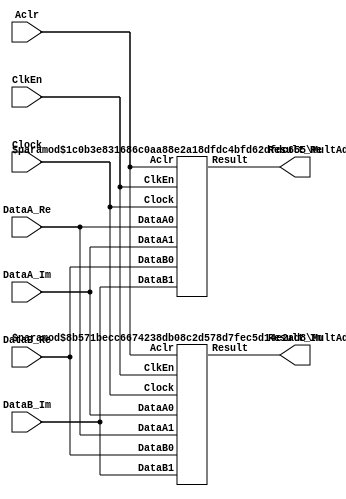
// --------------------------------------------------------------------
// >>>>>>>>>>>>>>>>>>>>>>>>> COPYRIGHT NOTICE <<<<<<<<<<<<<<<<<<<<<<<<<
// --------------------------------------------------------------------
// Copyright (c) 2005-2010 by Lattice Semiconductor Corporation
// --------------------------------------------------------------------
//
//
//                     Lattice Semiconductor Corporation
//                     5555 NE Moore Court
//                     Hillsboro, OR 97214
//                     U.S.A.
//
//                     TEL: 1-800-Lattice  (USA and Canada)
//                          1-408-826-6000 (other locations)
//
//                     web: http://www.latticesemi.com/
//
// --------------------------------------------------------------------
//
// Simulation Library File for PMI Complex Multiplier
//
// Paramater Definition
//Name                           Value                                 Default
/*
------------------------------------------------------------------------------
 pmi_dataa_width              <integer>                                    8
 pmi_datab_width              <integer>                                    8
 pmi_sign                     "on"|"off"                                  "on"
 pmi_additional_pipeline      <integer>                                    1
 pmi_input_reg                "on"|"off"                                  "on"
 pmi_output_reg               "on"|"off"                                  "on"
 pmi_family  "EC"|"XP"|"XP2"|"SC"|"SCM"|"ECP"|"ECP2"|"ECP2M"|"ECP3"|"ECP4"|"XO"|"XO2"|"LPTM"  "EC"
 pmi_mult_mode                 3 to 4                               3
 pmi_implementation           "DSP"|"LUT"                                "LUT"
------------------------------------------------------------------------------
Note:
 
1. To get a non-pipelined multiplier, set pmi_additional_pipeline to 0 and
   tie the ports Aclr and Clock to LO and port ClkEn to HI.

2. To get a pipelined multiplier, set pmi_additional_pipeline to a positive
   integer (desired number of pipelined stages) and make appropriate
   connections to the ports Clock, ClkEn, Aclr.
   
WARNING: Do not change the default parameters in this model. Parameter 
redefinition must be done using defparam or in-line (#) paramater 
redefinition in a top level file that instantiates this model.
*/

// fpga\verilog\pkg\versclibs\data\pmi\pmi_complex_mult.v 1.5 31-DEC-2010 08:44:53 IALMOHAN

`timescale 1 ns / 1 ps

module pmi_complex_mult #(parameter pmi_dataa_width = 8,
	      	  parameter pmi_datab_width = 8,
	      	  parameter module_type = "pmi_complex_mult",
	      	  parameter pmi_sign = "on",
	      	  parameter pmi_additional_pipeline = 1,
	      	  parameter pmi_input_reg = "on",
	      	  parameter pmi_output_reg = "on",
	      	  parameter pmi_family = "EC",
	      	  parameter pmi_mult_mode = 3,
	      	  parameter pmi_implementation = "LUT")

	      (input   [(pmi_dataa_width-1):0]  DataA_Re,
	       input   [(pmi_dataa_width-1):0]  DataA_Im,
	       input   [(pmi_datab_width-1):0]  DataB_Re,
	       input   [(pmi_datab_width-1):0]  DataB_Im,
	       input   Clock, ClkEn, Aclr,
	       output  [(pmi_dataa_width + pmi_datab_width):0]  Result_Re,
	       output  [(pmi_dataa_width + pmi_datab_width):0]  Result_Im)/*synthesis syn_black_box*/;


initial
begin
   if (pmi_implementation == "DSP")
   begin
      if ( (pmi_family == "SC") || (pmi_family == "SCM") || (pmi_family == "XO") ||
           (pmi_family == "XO2") || (pmi_family == "EC") || (pmi_family == "XP") ||
           (pmi_family == "LPTM") )
      begin
         $display("\nError! The %s family doesn't support DSP implementations.", pmi_family);
         $stop;
      end

      if (pmi_additional_pipeline > 3)
      begin
         $display("\nError! # of PL stages must be from 0 to 3 for DSP implementations.");
         $stop;
      end
   end
end

     MultAddSub #(.pmi_dataa_width(pmi_dataa_width),
                  .pmi_datab_width(pmi_datab_width),
                  .pmi_sign(pmi_sign),
                  .pmi_additional_pipeline(pmi_additional_pipeline),
                  .pmi_add_sub("sub"),
                  .pmi_input_reg(pmi_input_reg),
                  .pmi_output_reg(pmi_output_reg)
                 )
         inst_re (.DataA0(DataA_Re),
                  .DataA1(DataA_Im),
                  .DataB0(DataB_Re),
                  .DataB1(DataB_Im),
                  .Clock(Clock),
                  .ClkEn(ClkEn),
                  .Aclr(Aclr),
                  .Result(Result_Re)
                 );

     MultAddSub #(.pmi_dataa_width(pmi_dataa_width),
                  .pmi_datab_width(pmi_datab_width),
                  .pmi_sign(pmi_sign),
                  .pmi_additional_pipeline(pmi_additional_pipeline),
                  .pmi_add_sub("add"),
                  .pmi_input_reg(pmi_input_reg),
                  .pmi_output_reg(pmi_output_reg)
                 )
         inst_im (.DataA0(DataA_Im),
                  .DataA1(DataA_Re),
                  .DataB0(DataB_Re),
                  .DataB1(DataB_Im),
                  .Clock(Clock),
                  .ClkEn(ClkEn),
                  .Aclr(Aclr),
                  .Result(Result_Im)
                 );
endmodule


//Supporting modules

module MultAddSub #(parameter pmi_dataa_width = 8, 
	      	  parameter pmi_datab_width = 8,
	      	  parameter pmi_sign = "on",
	      	  parameter pmi_additional_pipeline = 1,
	      	  parameter pmi_add_sub = "add",
	      	  parameter pmi_input_reg = "on",
	      	  parameter pmi_output_reg = "on")

	      (input   [(pmi_dataa_width-1):0]  DataA0,
	       input   [(pmi_dataa_width-1):0]  DataA1,
	       input   [(pmi_datab_width-1):0]  DataB0,
	       input   [(pmi_datab_width-1):0]  DataB1,
	       input   Clock, ClkEn, Aclr,
	       output  [(pmi_dataa_width + pmi_datab_width):0]  Result)/*synthesis syn_black_box*/;

//synopsys translate_off
tri0  Aclr_wire;
tri0  Clock_wire;
tri1  ClkEn_wire;
//synopsys translate_on

buf (Aclr_wire, Aclr);
buf (Clock_wire, Clock);
buf (ClkEn_wire, ClkEn);

reg   [(pmi_dataa_width + pmi_datab_width):0]  Result_reg;
assign Result = Result_reg;

reg  [(pmi_dataa_width - 1):0]  DataA0_reg, DataA1_reg;
reg  [(pmi_datab_width - 1):0]  DataB0_reg, DataB1_reg;
wire [(pmi_dataa_width + pmi_datab_width - 1):0]  Mult1_out, Mult2_out;
wire  [(pmi_dataa_width + pmi_datab_width):0]  Result_wire;

generate
	if (pmi_input_reg == "on")
		always @(posedge Clock_wire or posedge Aclr_wire)
		begin
			if (Aclr_wire == 1'b1)
			begin
				DataA0_reg <= {((pmi_dataa_width)){1'b0}};
				DataA1_reg <= {((pmi_dataa_width)){1'b0}};
				DataB0_reg <= {((pmi_datab_width)){1'b0}};
				DataB1_reg <= {((pmi_datab_width)){1'b0}};
			end
			else
				if (ClkEn_wire == 1'b1)
				begin
					DataA0_reg <= DataA0;
					DataA1_reg <= DataA1;
					DataB0_reg <= DataB0;
					DataB1_reg <= DataB1;
				end
		end // always @ (posedge Clock or posedge Aclr)
	else
		always @(DataA0 or DataA1 or DataB0 or DataB1)
		begin
			DataA0_reg <= DataA0;
			DataA1_reg <= DataA1;
			DataB0_reg <= DataB0;
			DataB1_reg <= DataB1;
		end
endgenerate

generate
	if (pmi_output_reg == "on")
		always @(posedge Clock_wire or posedge Aclr_wire)
		begin
			if (Aclr_wire == 1'b1)
				Result_reg <= {((pmi_dataa_width + pmi_datab_width + 1)){1'b0}};
			else
				if (ClkEn_wire == 1'b1)
					Result_reg <= Result_wire;
		end // always @ (posedge Clock or posedge Aclr)
	else
		always @(Result_wire)
		begin
			Result_reg <= Result_wire;
		end
endgenerate

//pragma translate_off
generate
	if (pmi_sign == "on" && pmi_additional_pipeline == 0)
	begin
		MultSign #(pmi_dataa_width, pmi_datab_width) sign1_inst (.SA(DataA0_reg), .SB(DataB0_reg),
			.sproduct(Mult1_out));
		MultSign #(pmi_dataa_width, pmi_datab_width) sign2_inst (.SA(DataA1_reg), .SB(DataB1_reg),
			.sproduct(Mult2_out));
	end
	else if (pmi_sign == "off" && pmi_additional_pipeline == 0)
	begin
		MultUnSign #(pmi_dataa_width, pmi_datab_width) unsign1_inst (.UA(DataA0_reg), .UB(DataB0_reg),
			.uproduct(Mult1_out));
		MultUnSign #(pmi_dataa_width, pmi_datab_width) unsign2_inst (.UA(DataA1_reg), .UB(DataB1_reg),
			.uproduct(Mult2_out));
	end
	else if (pmi_sign == "on" && pmi_additional_pipeline != 0)
	begin
		MultSignPipe #(pmi_dataa_width, pmi_datab_width, pmi_additional_pipeline) psign1_inst (
			.PSA(DataA0_reg), .PSB(DataB0_reg), .PSClock(Clock_wire), .PSClkEn(ClkEn_wire),
			.PSAclr(Aclr_wire),.psproduct(Mult1_out));
		MultSignPipe #(pmi_dataa_width, pmi_datab_width, pmi_additional_pipeline) psign2_inst (
			.PSA(DataA1_reg), .PSB(DataB1_reg), .PSClock(Clock_wire), .PSClkEn(ClkEn_wire),
			.PSAclr(Aclr_wire),.psproduct(Mult2_out));
	end
	else
	begin
		MultUnSignPipe #(pmi_dataa_width, pmi_datab_width, pmi_additional_pipeline) punsign1_inst (
			.PUA(DataA0_reg), .PUB(DataB0_reg), .PUClock(Clock_wire), .PUClkEn(ClkEn_wire),
			.PUAclr(Aclr_wire),.puproduct(Mult1_out));
		MultUnSignPipe #(pmi_dataa_width, pmi_datab_width, pmi_additional_pipeline) punsign2_inst (
			.PUA(DataA1_reg), .PUB(DataB1_reg), .PUClock(Clock_wire), .PUClkEn(ClkEn_wire),
			.PUAclr(Aclr_wire),.puproduct(Mult2_out));
	end
endgenerate	
//pragma translate_on

//pragma translate_off
generate
	if (pmi_sign == "on" && pmi_add_sub == "add")
		AddSign #(pmi_dataa_width+pmi_datab_width + 1) sign_add_inst (
			.SA({Mult1_out[pmi_dataa_width+pmi_datab_width-1], Mult1_out}),
			.SB({Mult2_out[pmi_dataa_width+pmi_datab_width-1], Mult2_out}), .ssum(Result_wire));
	else if (pmi_sign == "off" && pmi_add_sub == "add")
		AddUnSign #(pmi_dataa_width+pmi_datab_width + 1) unsign_add_inst (.UA({1'b0, Mult1_out}),
			.UB({1'b0, Mult2_out}), .usum(Result_wire));
	else if (pmi_sign == "on" && pmi_add_sub == "sub")
		SubSign #(pmi_dataa_width+pmi_datab_width + 1) sign_sub_inst (
			.SA({Mult1_out[pmi_dataa_width+pmi_datab_width-1], Mult1_out}),
			.SB({Mult2_out[pmi_dataa_width+pmi_datab_width-1], Mult2_out}), .ssum(Result_wire));
	else
		SubUnSign #(pmi_dataa_width+pmi_datab_width + 1) unsign_sub_inst (.UA({1'b0, Mult1_out}),
			.UB({1'b0, Mult2_out}), .usum(Result_wire));
endgenerate	
//pragma translate_on
endmodule

//SubModules

`ifndef PMI_MULT_SUPPORT
`define PMI_MULT_SUPPORT

module MultSign 
  #(parameter pmi_dataa_width = 8, 
    parameter pmi_datab_width = 8,
    parameter module_type = "Mult")
   (input   signed [(pmi_dataa_width-1):0]  SA,
    input   signed [(pmi_datab_width-1):0]  SB,
    output  signed [(pmi_dataa_width + pmi_datab_width - 1):0]  sproduct)/*synthesis syn_black_box*/; 
//synopsys translate_off
   assign   sproduct = SA * SB;
//synopsys translate_on
endmodule

module MultUnSign 
  #(parameter pmi_dataa_width = 8, 
    parameter pmi_datab_width = 8,
    parameter module_type = "Mult")
   (input   [(pmi_dataa_width-1):0]  UA,
    input   [(pmi_datab_width-1):0]  UB,
    output  [(pmi_dataa_width + pmi_datab_width - 1):0]  uproduct)/*synthesis syn_black_box*/; 
//synopsys translate_off
assign uproduct = UA * UB;
//synopsys translate_on
endmodule

module MultUnSignPipe 
  #(parameter pmi_dataa_width = 8, 
    parameter pmi_datab_width = 8,
    parameter pmi_pl = 1,
    parameter module_type = "Mult")
   (input   [(pmi_dataa_width-1):0]  PUA,
    input   [(pmi_datab_width-1):0]  PUB,
    input   PUClock, PUClkEn, PUAclr,
    output  [(pmi_dataa_width + pmi_datab_width - 1):0]  puproduct)/*synthesis syn_black_box*/;
//synopsys translate_off       
wire [(pmi_dataa_width + pmi_datab_width - 1):0] pg = PUA * PUB;
   
reg  [(pmi_dataa_width + pmi_datab_width - 1):0] p_pipe[pmi_pl-1:0];
   
integer 	 i, j;

initial begin
	for (i = 0; i <= pmi_pl-1; i = i + 1)	  
		p_pipe[i][(pmi_dataa_width + pmi_datab_width - 1):0] <= {((pmi_dataa_width + pmi_datab_width)){1'b0}};
end

always @(posedge PUClock or posedge PUAclr)
begin
	if (PUAclr == 1'b1)
	begin
		for (i = 0; i <= pmi_pl-1; i = i + 1)	  
			p_pipe[i][(pmi_dataa_width + pmi_datab_width - 1):0] <= {((pmi_dataa_width + pmi_datab_width)){1'b0}};
	end
	else
		if (PUClkEn == 1'b1) 
		begin
			p_pipe[0][(pmi_dataa_width + pmi_datab_width - 1):0] <= pg;
			for (j = 0; j <= pmi_pl-2; j = j + 1)
				p_pipe[j+1][(pmi_dataa_width + pmi_datab_width - 1):0] <= p_pipe[j][(pmi_dataa_width + pmi_datab_width - 1):0];
		end
end // always @ (posedge Clock or posedge Aclr)
   
assign puproduct = p_pipe[pmi_pl-1];
//synopsys translate_on
endmodule

module MultSignPipe 
  #(parameter pmi_dataa_width = 8, 
    parameter pmi_datab_width = 8,
    parameter pmi_pl = 1,
    parameter module_type = "Mult")
    (input signed [(pmi_dataa_width-1):0]  PSA,
     input signed  [(pmi_datab_width-1):0]  PSB,
     input 	PSClock, PSClkEn, PSAclr,
     output signed [(pmi_dataa_width + pmi_datab_width - 1):0]  psproduct)/*synthesis syn_black_box*/;
//synopsys translate_off       
wire signed [(pmi_dataa_width + pmi_datab_width - 1):0] pg = PSA * PSB;
   
reg signed [(pmi_dataa_width + pmi_datab_width - 1):0] p_pipe[pmi_pl-1:0];
   
integer 	 i, j;

initial begin
	for (i = 0; i <= pmi_pl-1; i = i + 1)	  
		p_pipe[i][(pmi_dataa_width + pmi_datab_width - 1):0] <= {((pmi_dataa_width + pmi_datab_width)){1'b0}};
end

always @(posedge PSClock or posedge PSAclr)
begin
	if (PSAclr == 1'b1)
	begin
		for (i = 0; i <= pmi_pl-1; i = i + 1)	  
			p_pipe[i][(pmi_dataa_width + pmi_datab_width - 1):0] <= {((pmi_dataa_width + pmi_datab_width)){1'b0}};
	end
	else
		if (PSClkEn == 1'b1) 
		begin
			p_pipe[0][(pmi_dataa_width + pmi_datab_width - 1):0] <= pg;
			for (j = 0; j <= pmi_pl-2; j = j + 1)
				p_pipe[j+1][(pmi_dataa_width + pmi_datab_width - 1):0] <= p_pipe[j][(pmi_dataa_width + pmi_datab_width - 1):0];
		end
end // always @ (posedge Clock or posedge Aclr)
   
assign psproduct = p_pipe[pmi_pl-1];
//synopsys translate_on
endmodule

`endif //PMI_MULT_SUPPORT

`ifndef PMI_ADDSUB_SUPPORT
`define PMI_ADDSUB_SUPPORT

module AddSign 
  #(parameter pmi_data_width = 8, 
    parameter module_type = "Add")
   (input   signed [(pmi_data_width-1):0]  SA,
    input   signed [(pmi_data_width-1):0]  SB,
    output  signed [(pmi_data_width - 1):0]  ssum)/*synthesis syn_black_box*/; 
//synopsys translate_off
   assign   ssum = SA + SB;
//synopsys translate_on
endmodule

module AddUnSign 
  #(parameter pmi_data_width = 8, 
    parameter module_type = "Add")
   (input   [(pmi_data_width-1):0]  UA,
    input   [(pmi_data_width-1):0]  UB,
    output  [(pmi_data_width - 1):0]  usum)/*synthesis syn_black_box*/; 
//synopsys translate_off
assign usum = UA + UB;
//synopsys translate_on
endmodule

module SubSign 
  #(parameter pmi_data_width = 8, 
    parameter module_type = "Sub")
   (input   signed [(pmi_data_width-1):0]  SA,
    input   signed [(pmi_data_width-1):0]  SB,
    output  signed [(pmi_data_width - 1):0]  ssum)/*synthesis syn_black_box*/; 
//synopsys translate_off
   assign   ssum = SA - SB;
//synopsys translate_on
endmodule

module SubUnSign 
  #(parameter pmi_data_width = 8, 
    parameter module_type = "Sub")
   (input   [(pmi_data_width-1):0]  UA,
    input   [(pmi_data_width-1):0]  UB,
    output  [(pmi_data_width - 1):0]  usum)/*synthesis syn_black_box*/; 
//synopsys translate_off
assign usum = UA - UB;
//synopsys translate_on
endmodule

`endif //PMI_ADDSUB_SUPPORT